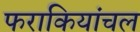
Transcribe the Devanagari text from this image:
फराकियांचल